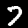
Label: 7